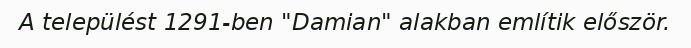
A települést 1291-ben "Damian" alakban említik először.